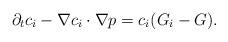
LaTeX: \begin{align*} \partial_t c_i-\nabla c_i\cdot \nabla p=c_i(G_i-G).\end{align*}